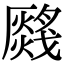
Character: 𤑂